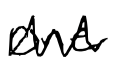
Text: one
Cross-out: zig-zag
Writing tool: digital_black